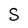
Character: S